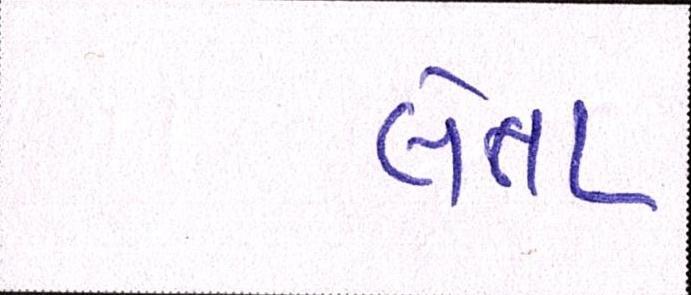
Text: લેતા